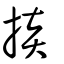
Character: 掞